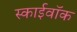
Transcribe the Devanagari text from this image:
स्काईवॉक